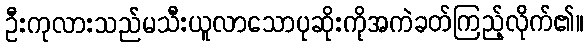
ဦးကုလားသည်မသီးယူလာသောပုဆိုးကိုအကဲခတ်ကြည့်လိုက်၏။